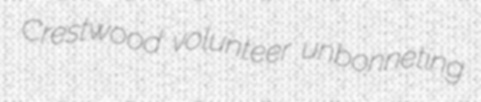
Crestwood volunteer unbonneting